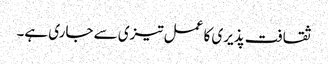
ثقافت پذیری کا عمل تیزی سے جاری ہے۔